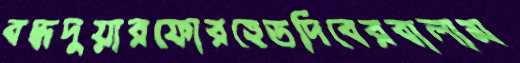
বদ্ধদুয়ারফোরহেডদিবেরবালাম